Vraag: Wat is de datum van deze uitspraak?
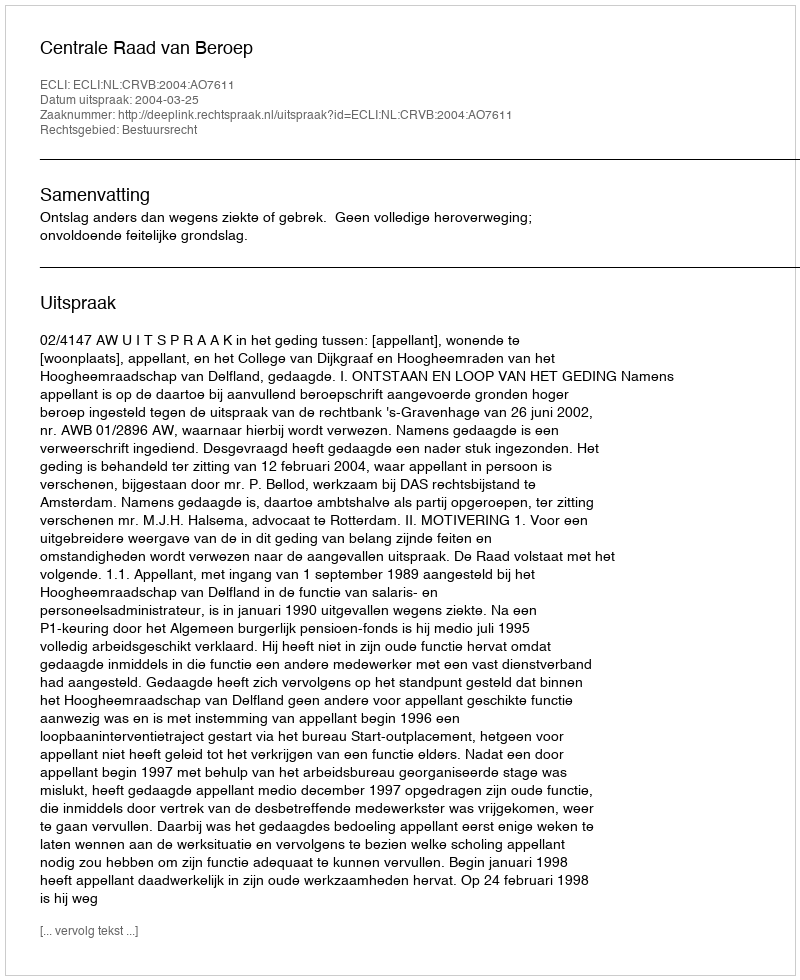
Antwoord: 2004-03-25